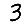
Digit: 3